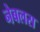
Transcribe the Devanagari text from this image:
नेबलस